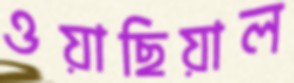
ওয়াছিয়াল